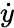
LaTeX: \dot{y}